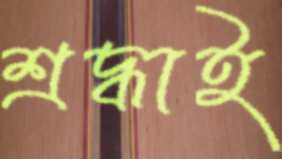
শ্রদ্ধাই